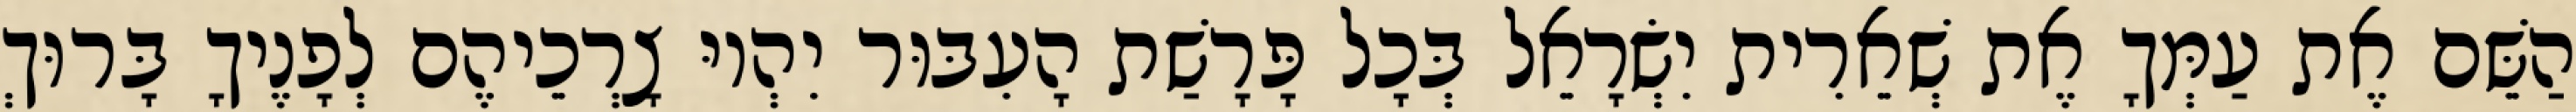
הַשֵּׁם אֶת עַמְּךָ אֶת שְׁאֵרִית יִשְׂרָאֵל בְּכָל פָּרָשַׁת הָעִבּוּר יִהְיוּ צָרְכֵיהֶם לְפָנֶיךָ בָּרוּךְ